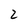
Character: 2